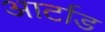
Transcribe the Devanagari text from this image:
आर्टाड